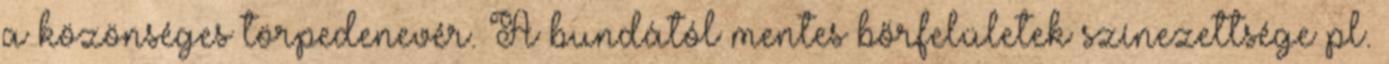
a közönséges törpedenevér. A bundától mentes bőrfelületek színezettsége pl.